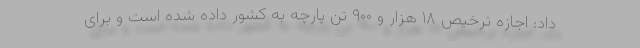
داد: اجازه ترخیص ۱۸ هزار و ۹۰۰ تن پارچه به کشور داده شده است و برای